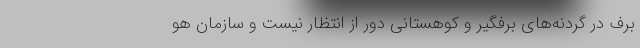
برف در گردنه‌های برفگیر و کوهستانی دور از انتظار نیست و سازمان هو